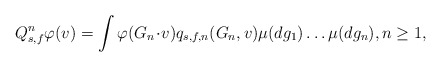
\begin{align*}Q_{s,f}^n \varphi(v)= \int \varphi(G_n \!\cdot\! v) q_{s,f,n}(G_n, v) \mu(dg_1) \ldots \mu(dg_n), n\geq 1,\end{align*}